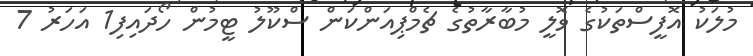
މުލަކު އޮފީސްތަކުގެ ވޮލީ މުބާރާތުގެ ޗެމްޕިއަންކަން ސްކޫލު ޓީމުން ހޯދައިފި1 އަހަރު 7